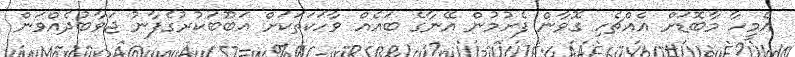
އެމީހާ މާބޮޑަށް އެއްޗެހި ގޮވާން ފެށުމުން އޭނާގެ ބައެއް ވާހަކަތަކަށް އަބޫބަކުރުގެފާނު ޖަވާބުދެއްވަން